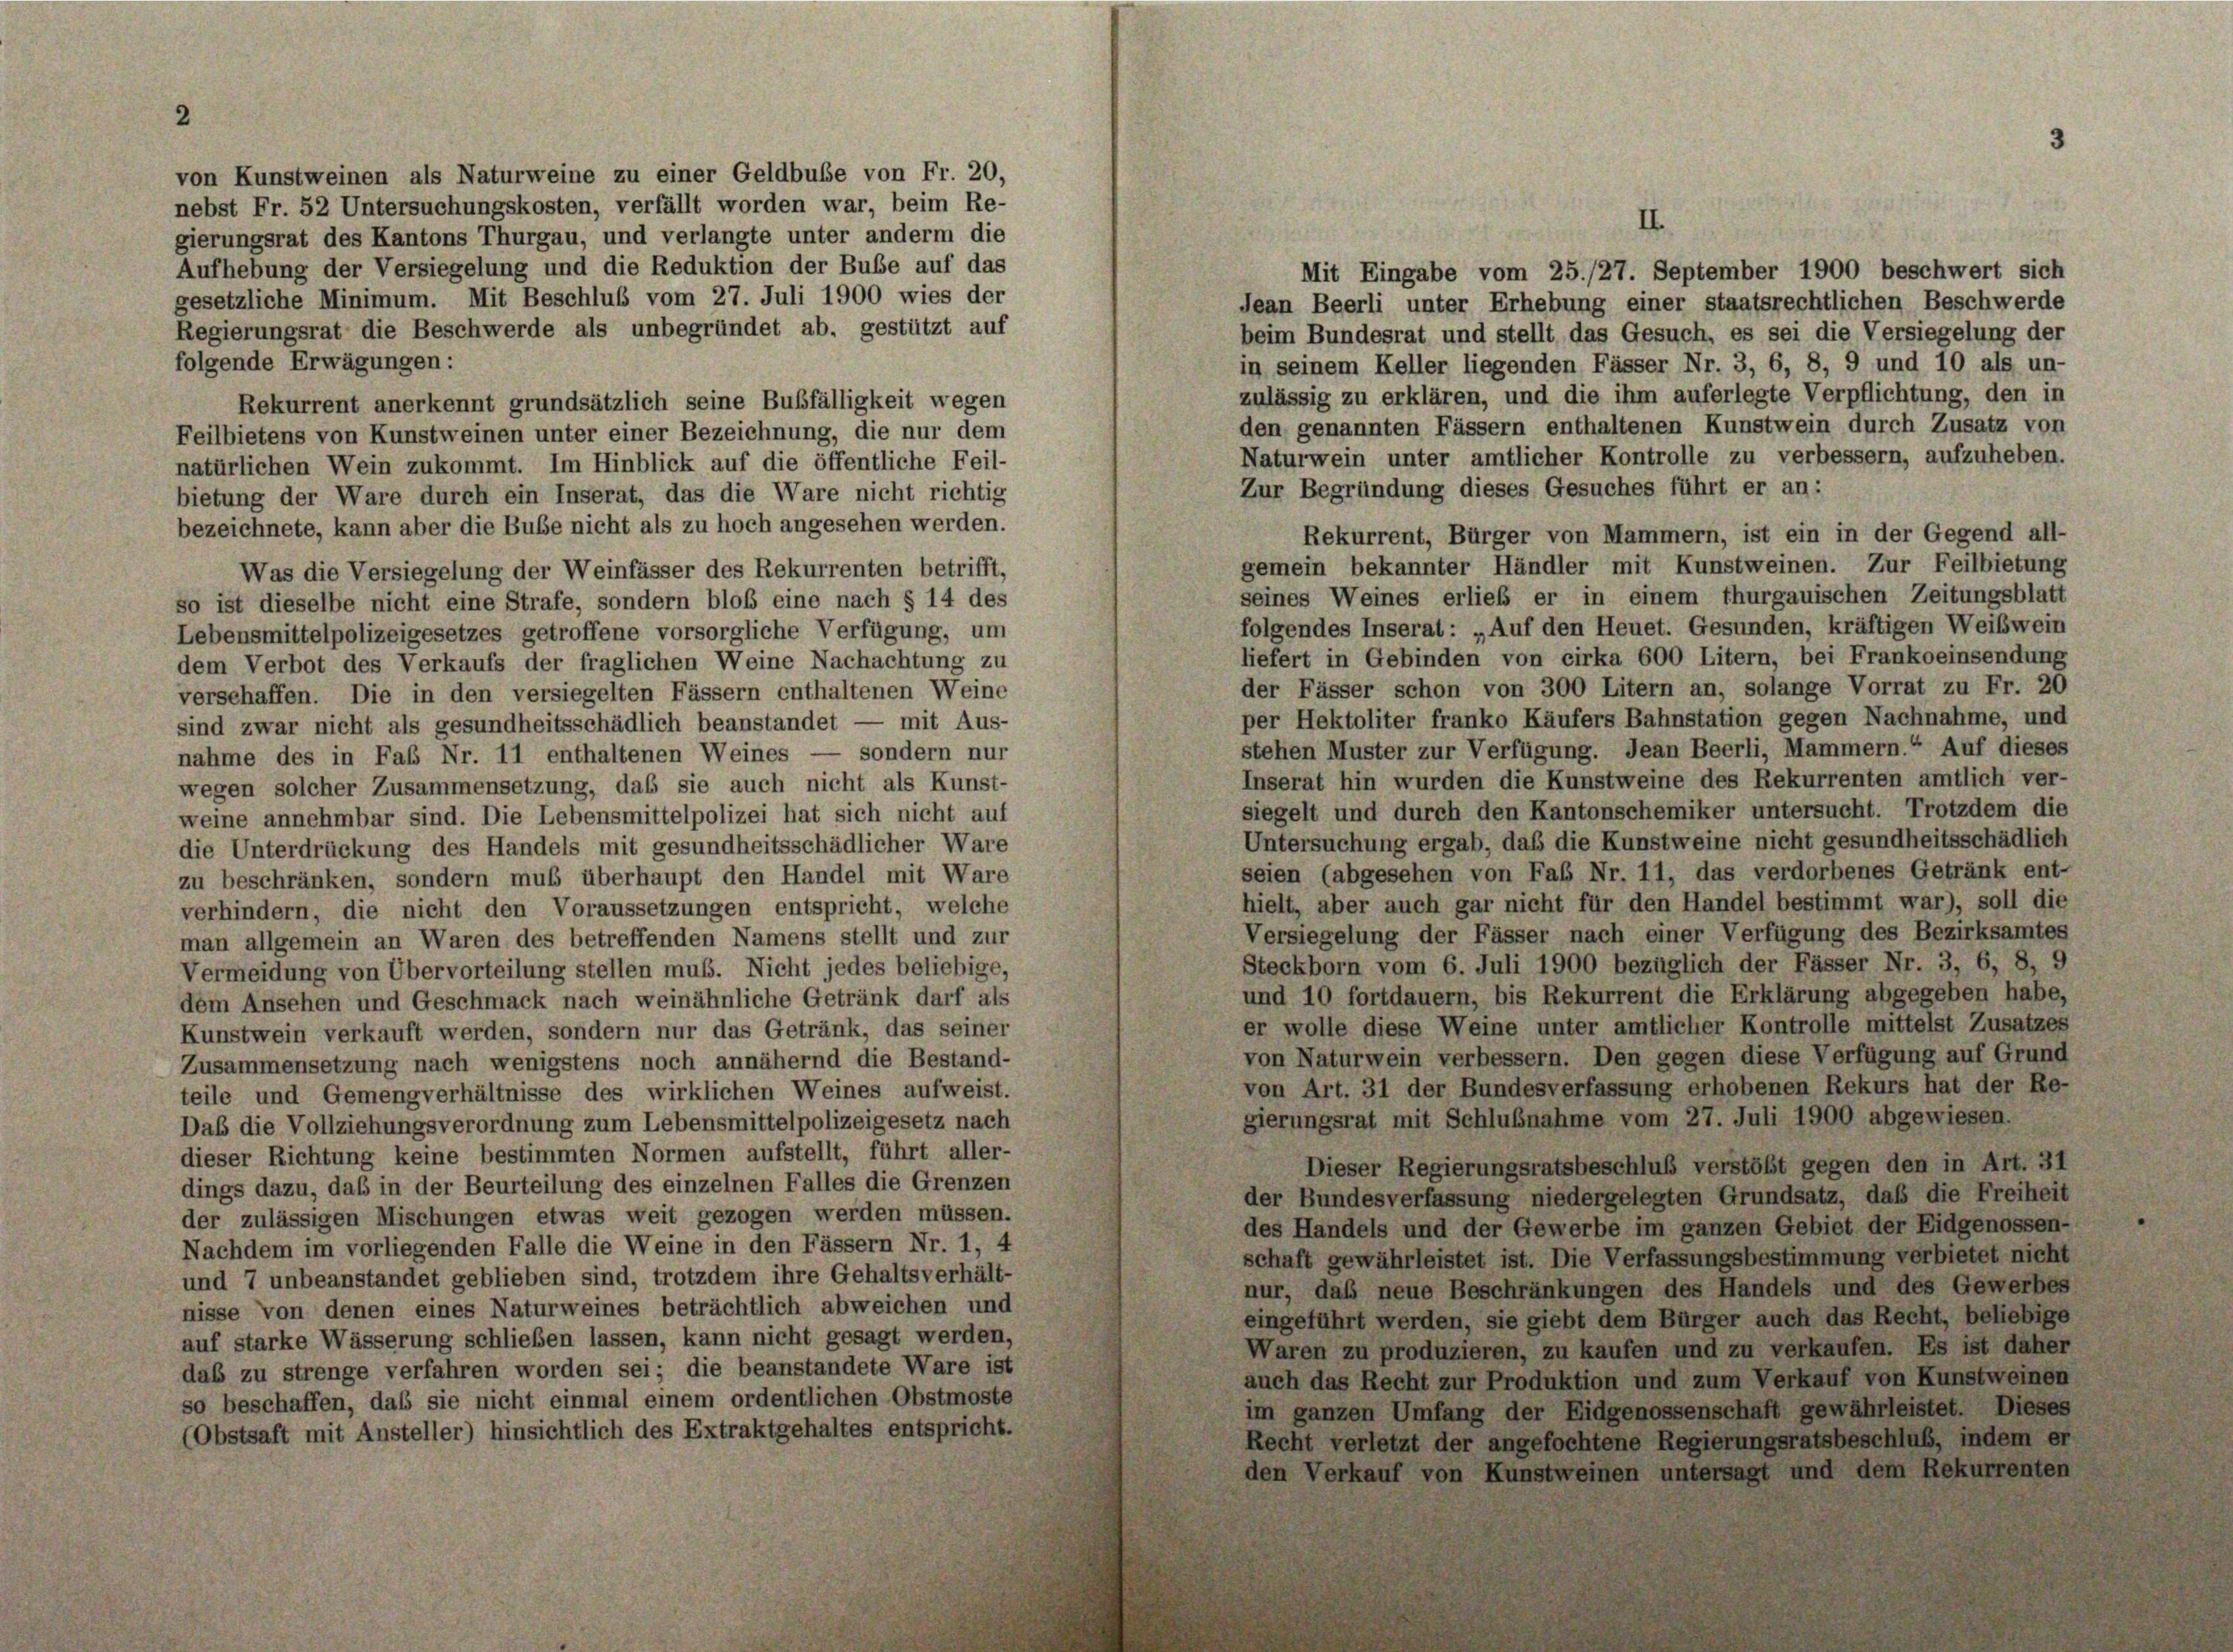
von Kunstweinen als Naturweine zu einer Geldbuße von Fr. 20,
nebst Fr. 52 Untersuchungskosten, verfällt worden war, beim Re-
II.
gierungsrat des Kantons Thurgau, und verlangte unter anderm die
Aufhebung der Versiegelung und die Reduktion der Bube auf das
Mit Eingabe vom 25./27. September 1900 beschwert sich
gesetzliche Minimum. Mit Beschluß vom 27. Juli 1900 wies der
Jean Beerli unter Erhebung einer staatsrechtlichen Beschwerde
Regierungsrat die Beschwerde als unbegründet ab, gestützt auf
beim Bundesrat und stellt das Gesuch, es sei die Versiegelung der
folgende Erwägungen:
in seinem Keller liegenden Fässer Nr. 3, 6, 8, 9 und 10 als un-
zulässig zu erklären, und die ihm auferlegte Verpflichtung, den in
Rekurrent anerkennt grundsätzlich seine Bußfälligkeit wegen
den genannten Fässern enthaltenen Kunstwein durch Zusatz von
Feilbietens von Kunstweinen unter einer Bezeichnung, die nur dem
Naturwein unter amtlicher Kontrolle zu verbessern, aufzuheben.
natürlichen Wein zukommt. Im Hinblick auf die öffentliche Feil-
Zur Begründung dieses Gesuches führt er an:
bietung der Ware durch ein Inserat, das die Ware nicht richtig
bezeichnete, kann aber die Bube nicht als zu hoch angesehen werden.
Rekurrent, Bürger von Mammern, ist ein in der Gegend all-
gemein bekannter Händler mit Kunstweinen. Zur Feilbietung
Was die Versiegelung der Weinfässer des Rekurrenten betrifft,
seines Weines erlieb er in einem thurgauischen Zeitungsblatt
so ist dieselbe nicht eine Strafe, sondern bloß eine nach § 14 des
folgendes Inserat: „Auf den Heuet. Gesunden, kräftigen Weibwein
Lebensmittelpolizeigesetzes getroffene vorsorgliche Verfügung, um
liefert in Gebinden von cirka 600 Litern, bei Frankoeinsendung
dem Verbot des Verkaufs der fraglichen Weine Nachachtung zu
der Fässer schon von 300 Litern an, solange Vorrat zu Fr. 20
verschaffen. Die in den versiegelten Fässern enthaltenen Weine
per Hektoliter franko Käufers Bahnstation gegen Nachnahme, und
sind zwar nicht als gesundheitsschädlich beanstandet — mit Aus-
stehen Muster zur Verfügung. Jean Beerli, Mammern.“ Auf dieses
nahme des in Faß Nr. 11 enthaltenen Weines — sondern nur
Inserat hin wurden die Kunstweine des Rekurrenten amtlich ver-
wegen solcher Zusammensetzung, daß sie auch nicht als Kunst-
siegelt und durch den Kantonschemiker untersucht. Trotzdem die
weine annehmbar sind. Die Lebensmittelpolizei hat sich nicht auf
Untersuchung ergab, daß die Kunstweine nicht gesundheitsschädlich
die Unterdrückung des Handels mit gesundheitsschädlicher Ware
seien (abgesehen von Fab Nr. 11, das verdorbenes Getränk ent-
zu beschränken, sondern muß überhaupt den Handel mit Ware
hielt, aber auch gar nicht für den Handel bestimmt war), soll die
verhindern, die nicht den Voraussetzungen entspricht, welche
Versiegelung der Fässer nach einer Verfügung des Bezirksamtes
man allgemein an Waren des betreffenden Namens stellt und zur
Steckborn vom 6. Juli 1900 bezüglich der Fässer Nr. 3, 6, 8, 9
Vermeidung von Übervorteilung stellen muß. Nicht jedes beliebige,
und 10 fortdauern, bis Rekurrent die Erklärung abgegeben habe,
dem Ansehen und Geschmack nach weinähnliche Getränk darf als
er wolle diese Weine unter amtlicher Kontrolle mittelst Zusatzes
Kunstwein verkauft werden, sondern nur das Getränk, das seiner
von Naturwein verbessern. Den gegen diese Verfügung auf Grund
Zusammensetzung nach wenigstens noch annähernd die Bestand-
von Art. 31 der Bundesverfassung erhobenen Rekurs hat der Re-
teile und Gemengverhältnisse des wirklichen Weines aufweist.
gierungsrat mit Schlußnahme vom 27. Juli 1900 abgewiesen.
Daß die Vollziehungsverordnung zum Lebensmittelpolizeigesetz nach
dieser Richtung keine bestimmten Normen aufstellt, führt aller-
Dieser Regierungsratsbeschluß verstößt gegen den in Art. 31
dings dazu, daß in der Beurteilung des einzelnen Falles die Grenzen
der Bundesverfassung niedergelegten Grundsatz, daß die Freiheit
der zulässigen Mischungen etwas weit gezogen werden müssen.
des Handels und der Gewerbe im ganzen Gebiet der Eidgenossen-
Nachdem im vorliegenden Falle die Weine in den Fässern Nr. 1, 4
schaft gewährleistet ist. Die Verfassungsbestimmung verbietet nicht
und 7 unbeanstandet geblieben sind, trotzdem ihre Gehaltsverhält-
nur, daß neue Beschränkungen des Handels und des Gewerbes
nisse von denen eines Naturweines beträchtlich abweichen und
eingeführt werden, sie giebt dem Bürger auch das Recht, beliebige
auf starke Wässerung schließen lassen, kann nicht gesagt werden,
Waren zu produzieren, zu kaufen und zu verkaufen. Es ist daher
das zu strenge verfahren worden sei; die beanstandete Ware ist
auch das Recht zur Produktion und zum Verkauf von Kunstweinen
so beschaffen, daß sie nicht einmal einem ordentlichen Obstmoste
im ganzen Umfang der Eidgenossenschaft gewährleistet. Dieses
(Obstsaft mit Ansteller) hinsichtlich des Extraktgehaltes entspricht.
Recht verletzt der angefochtene Regierungsratsbeschluß, indem er
den Verkauf von Kunstweinen untersagt und dem Rekurrenten